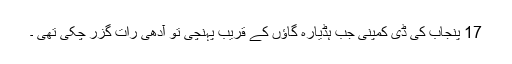
17 پنجاب کی ڈی کمپنی جب ہڈیارہ گاؤں کے قریب پہنچی تو آدھی رات گزر چکی تھی ۔